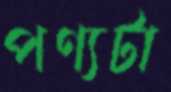
পণ্যটা